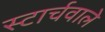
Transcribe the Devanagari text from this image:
स्टार्चवाले